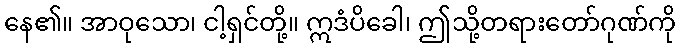
နေ၏။ အာဝုသော၊ ငါ့ရှင်တို့။ ဣဒံပိခေါ၊ ဤသို့တရားတော်ဂုဏ်ကို